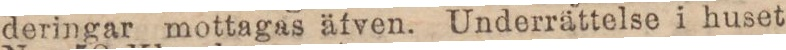
deringar mottagas äfven. Underrättelse i huset